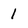
Character: l